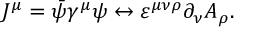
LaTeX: J ^ { \mu } = \bar { \psi } \gamma ^ { \mu } \psi \leftrightarrow \varepsilon ^ { \mu \nu \rho } \partial _ { \nu } A _ { \rho } .